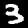
Digit: 3